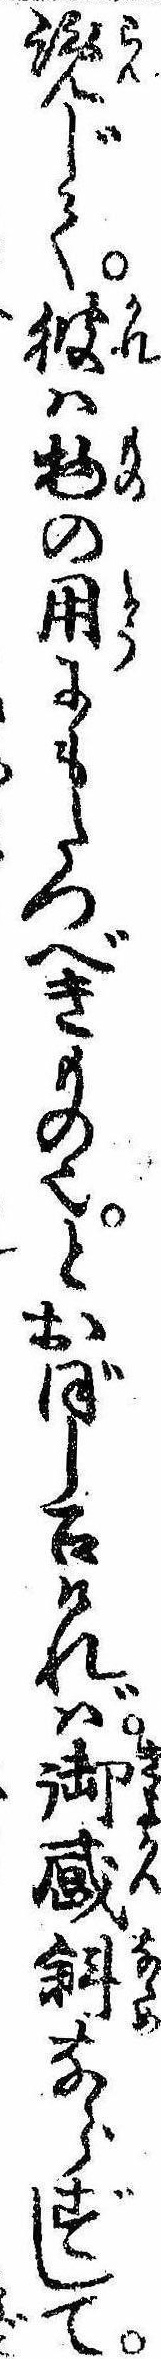
覧じて彼は物の用にもたつべきもの也とおぼし召ければ御感斜ならずして